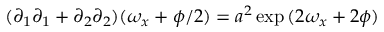
( \partial _ { 1 } \partial _ { 1 } + \partial _ { 2 } \partial _ { 2 } ) ( \omega _ { x } + \phi / 2 ) = a ^ { 2 } \exp { ( 2 \omega _ { x } + 2 \phi ) }